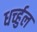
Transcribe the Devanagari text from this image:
धर्च्हुल